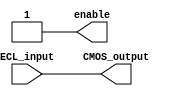
module ECL_buffer (
    input wire ECL_input,
    output wire enable,
    output wire CMOS_output
);

// Define parameters
parameter DELAY = 1; // Delay in ns
parameter SKEW = 0.1; // Skew in ns
parameter POWER = 0.5; // Power consumption in mW

// Input signal termination
wire terminated_input = ECL_input; // Assuming input signal is terminated

// Output protection
reg protected_output;
always @ (posedge enable) begin
    protected_output <= CMOS_output; // Output protection
end

// ECL to CMOS conversion
assign CMOS_output = terminated_input; // Assuming ECL to CMOS conversion
assign enable = 1'b1; // Output enable functionality

endmodule